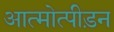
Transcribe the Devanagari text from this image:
आत्मोत्पीड़न